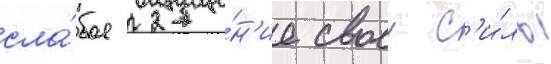
сла́бое ощуще́н'ие своеи с'и́лы